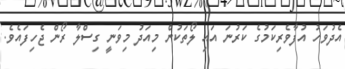
އެދުވަހު އުފާވެރިކަމުގެ ކަރުނަ އައި ލޯތަކުން މިއަދު މިވަނީ ގިސްލާ ރޯން ޖެހިފައެވެ.